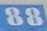
88